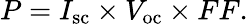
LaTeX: P=I_{\mathrm{sc}}\times V_{\mathrm{oc}}\times FF.